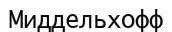
Миддельхофф